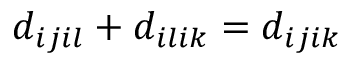
d _ { i j i l } + d _ { i l i k } = d _ { i j i k }